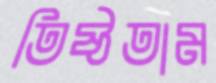
তিষ্ঠতাম